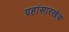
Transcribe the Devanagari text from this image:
ग्रहांसारखेच